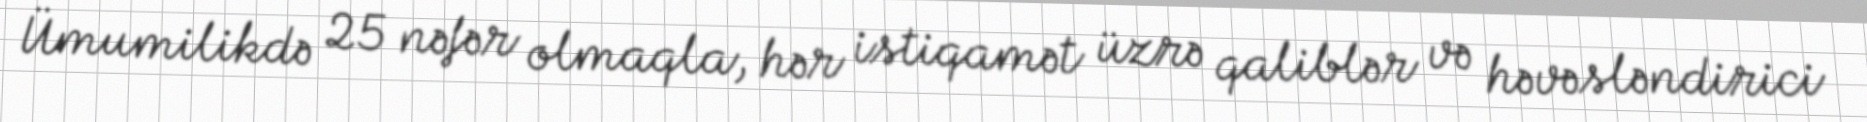
Ümumilikdə 25 nəfər olmaqla, hər istiqamət üzrə qaliblər və həvəsləndirici